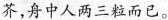
芥，舟中人两三粒而已。